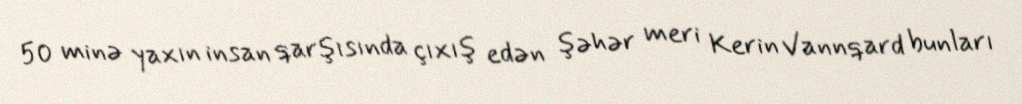
50 minə yaxın insan qarşısında çıxış edən şəhər meri Kerin Vannqard bunları